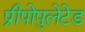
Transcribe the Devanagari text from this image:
प्रीपोपुलेटेड